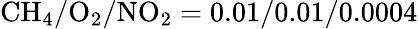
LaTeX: \mathrm{CH_{4}}/\mathrm{O_{2}}/\mathrm{NO_{2}}=0.01/0.01/0.0004